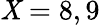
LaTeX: \mathit{X}=8,9